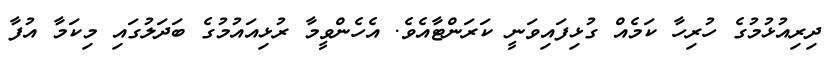
ދިރިއުޅުމުގެ ހުރިހާ ކަމެއް ގުޅިފައިވަނީ ކަރަންޓާއެވެ. އެހެންވީމާ ރުޅިއައުމުގެ ބަދަލުގައި މިކަމާ އުފާ